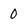
Character: 0